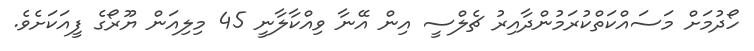
ހޯދުމަށް މަސައްކަތްކުރަމުންދާއިރު ޗެލްސީ އިން އޭނާ ވިއްކާލާނީ 45 މިލިއަން ޔޫރޯގެ ފީއަކަށެވެ.